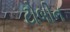
ટોબીન